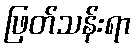
ဖြတ်သန်းရာ